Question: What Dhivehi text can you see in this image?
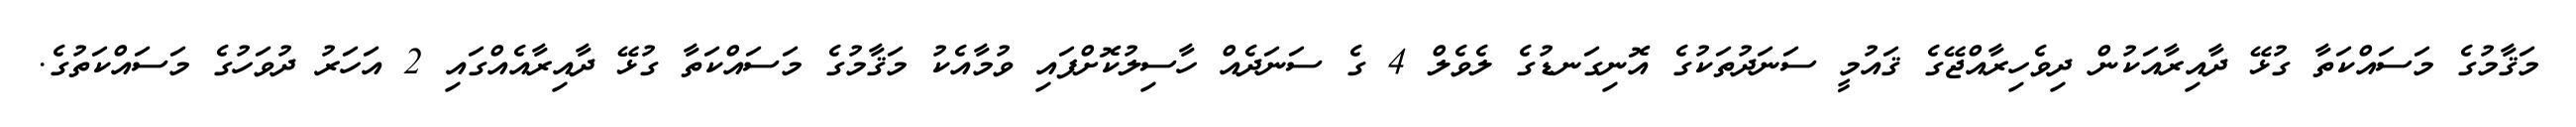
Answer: މަޤާމުގެ މަސައްކަތާ ގުޅޭ ދާއިރާއަކުން ދިވެހިރާއްޖޭގެ ޤައުމީ ސަނަދުތަކުގެ އޮނިގަނޑުގެ ލެވެލް 4 ގެ ސަނަދެއް ހާސިލުކޮށްފައި ވުމާއެކު މަޤާމުގެ މަސައްކަތާ ގުޅޭ ދާއިރާއެއްގައި 2 އަހަރު ދުވަހުގެ މަސައްކަތުގެ.